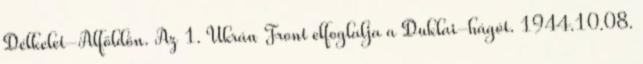
Délkelet-Alföldön. Az 1. Ukrán Front elfoglalja a Duklai-hágót. 1944.10.08.